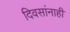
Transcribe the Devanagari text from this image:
दिवसांनाही